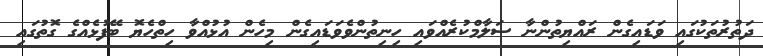
ދަތުރުތަކުގައި ވަޑައިގެން ރައްޔިތުންނާ ސަލާމްކުރެއްވައި ހިނިތުންވެވަޑައިގެން މިހެން އުޅުއްވާ ހިތްހެޔޮ ބޭފުޅެއްގެ ގޮތުގައި